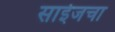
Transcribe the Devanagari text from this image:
साईजचा